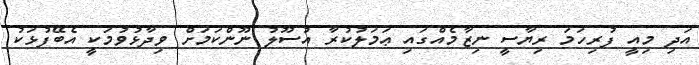
އަދި މިއީ ފުރިހަމަ ރިޔާސީ ނިޒާމެއްގައި ޢަމަލުކުރާ އުސޫލު ނޫންކަމަށް ވިދާޅުވުމަކީ އެބޭފުޅަކު